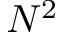
N ^ { 2 }